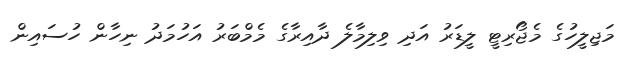
މަޖިލީހުގެ މެޖޯރިޓީ ލީޑަރު އަދި ވިލިމާލެ ދާއިރާގެ މެމްބަރު އަހުމަދު ނިހާން ހުސައިން